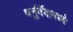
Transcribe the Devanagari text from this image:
धर्नुर्वेदामध्ये